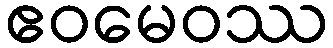
ဧဝမေဝဿ